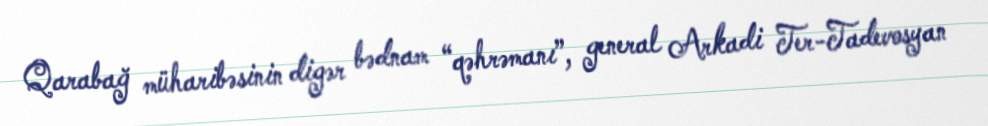
Qarabağ müharibəsinin digər bədnam “qəhrəmanı”, general Arkadi Ter-Tadevosyan